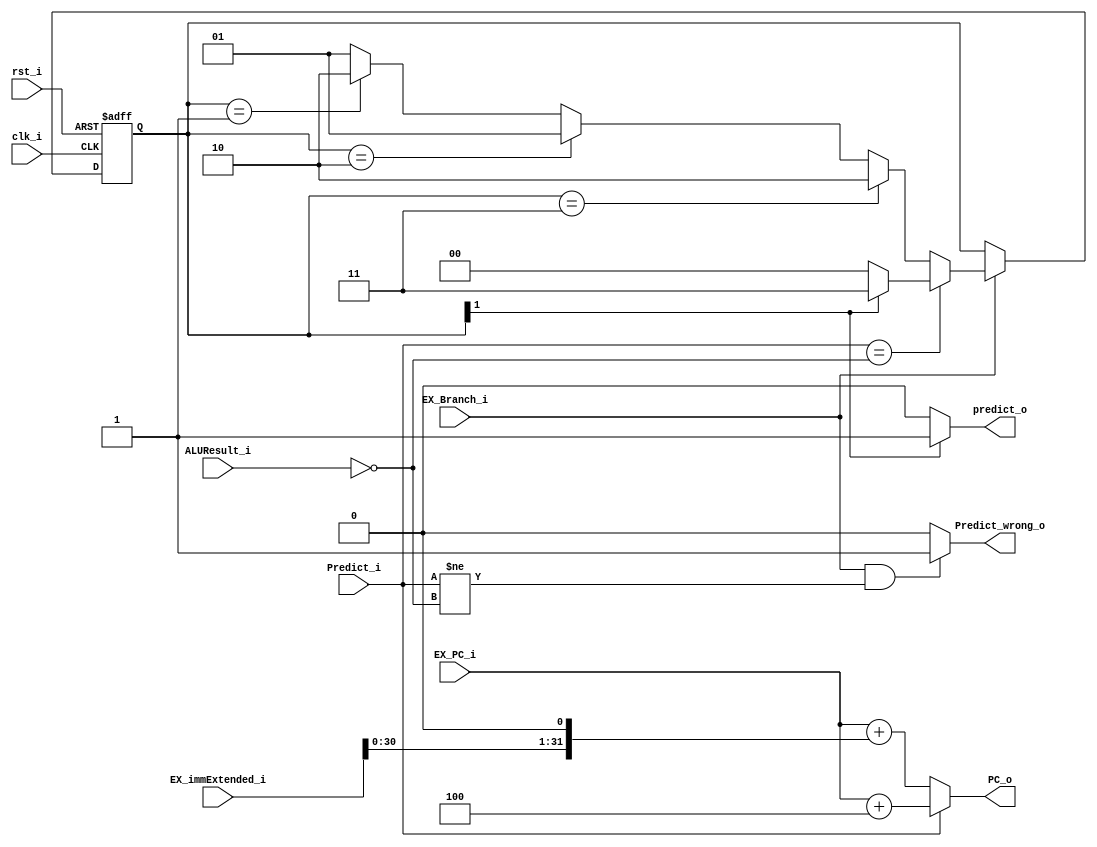
module branch_predictor
(
    clk_i, 
    rst_i,

    ALUResult_i, 
    EX_Branch_i,
    EX_PC_i,
    Predict_i,
    EX_immExtended_i, 

	predict_o,
    PC_o, 
    Predict_wrong_o,
);
input clk_i, rst_i;
input EX_Branch_i;
input Predict_i;
input [31:0] ALUResult_i;
input [31:0] EX_PC_i;
input [31:0] EX_immExtended_i;
output predict_o, Predict_wrong_o;
output [31:0] PC_o;

reg [1:0] FSM;                                         // 11:strongly Taken
                                                       // 10:Taken
                                                       // 01:nonTaken
                                                       // 00:strongly nonTaken
  
assign predict_o = (FSM[1] == 1) ? 1 : 0;              // Predict Taken or nonTaken
assign Predict_wrong_o = (EX_Branch_i && (Predict_i != (ALUResult_i == 0))) ? 1 : 0;     // Wrong Predict
assign PC_o = (Predict_i) ? EX_PC_i + 4 : EX_PC_i + (EX_immExtended_i << 1);             // **** give correct pc when Predict wrong

// TODO
always@(posedge clk_i or negedge rst_i) begin
    if(~rst_i) begin
        FSM <= 2'b11;
    end 
    else if(EX_Branch_i) begin
        if(Predict_i == (ALUResult_i == 0)) begin // ALUResult == 0 : Taken
            if(FSM[1]) begin 
                FSM = 2'b11;
            end
            else begin
                FSM = 2'b00;
            end
        end
        else begin //Prediction Failed
            // Update the FSM
            if(FSM == 2'b11) begin
                FSM <= 2'b10;
            end
            else if(FSM == 2'b10) begin
                FSM <= 2'b01;
            end 
            else if(FSM == 2'b01) begin
                FSM <= 2'b10;
            end 
            else begin
                FSM <= 2'b01;
            end
        end
    end
end

endmodule